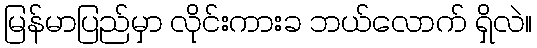
မြန်မာပြည်မှာ လိုင်းကားခ ဘယ်လောက် ရှိလဲ။